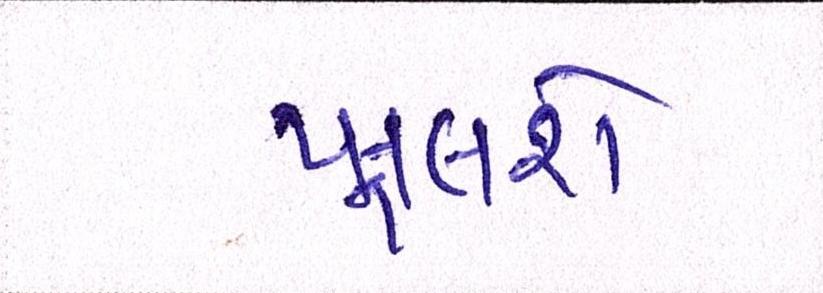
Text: ખૂલશે